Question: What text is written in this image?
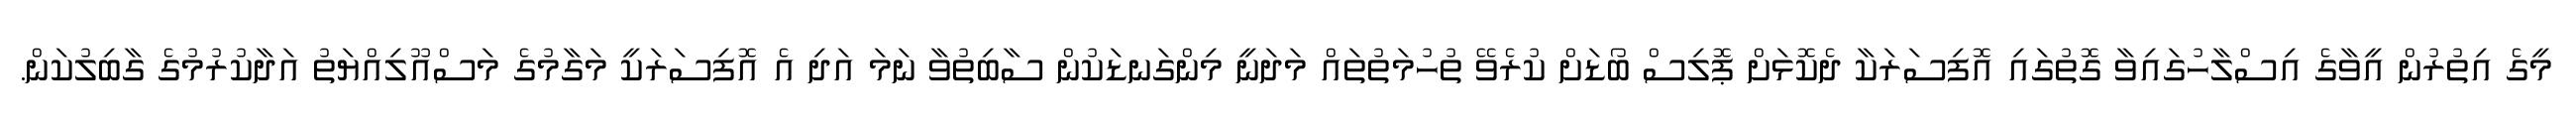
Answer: މީގެ އިތުރުން އީވާގެ އިސްލާހުގައިވާ ގޮތުގައި އޮފިސަރަކާ ދެކޮޅަށް ޕޮލިސް ބޯޑަށް ކުރެވޭ ތުހުމަތުތައް މަދަނީ މިންގަނޑަކުން ސާބިތުވާ ނަމަ އަދި އެ އޮފިސަރަކީ މަގާމުގެ މަސްއޫލިއްޔަތު އަދާކުރުމުގެ ގާބިލުކަން.